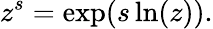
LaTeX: z^{s}=\exp(s\ln(z)).